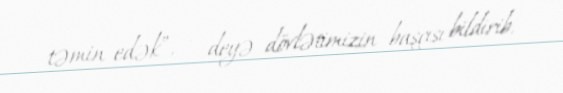
təmin edək”, - deyə dövlətimizin başçısı bildirib.